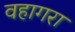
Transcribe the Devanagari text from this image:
वहागरा